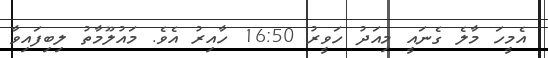
އެމީހަ މާލެ ގެނައީ މިއަދު ހަވީރު 16:50 ހާއިރު އެވެ. މައުލޫމާތު ލިބިފައިވާ